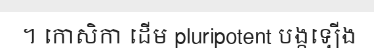
។ កោសិកា ដើម pluripotent បង្កឡើង